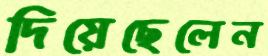
দিয়েছেলেন